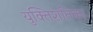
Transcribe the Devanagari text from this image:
युक्तिशतिका